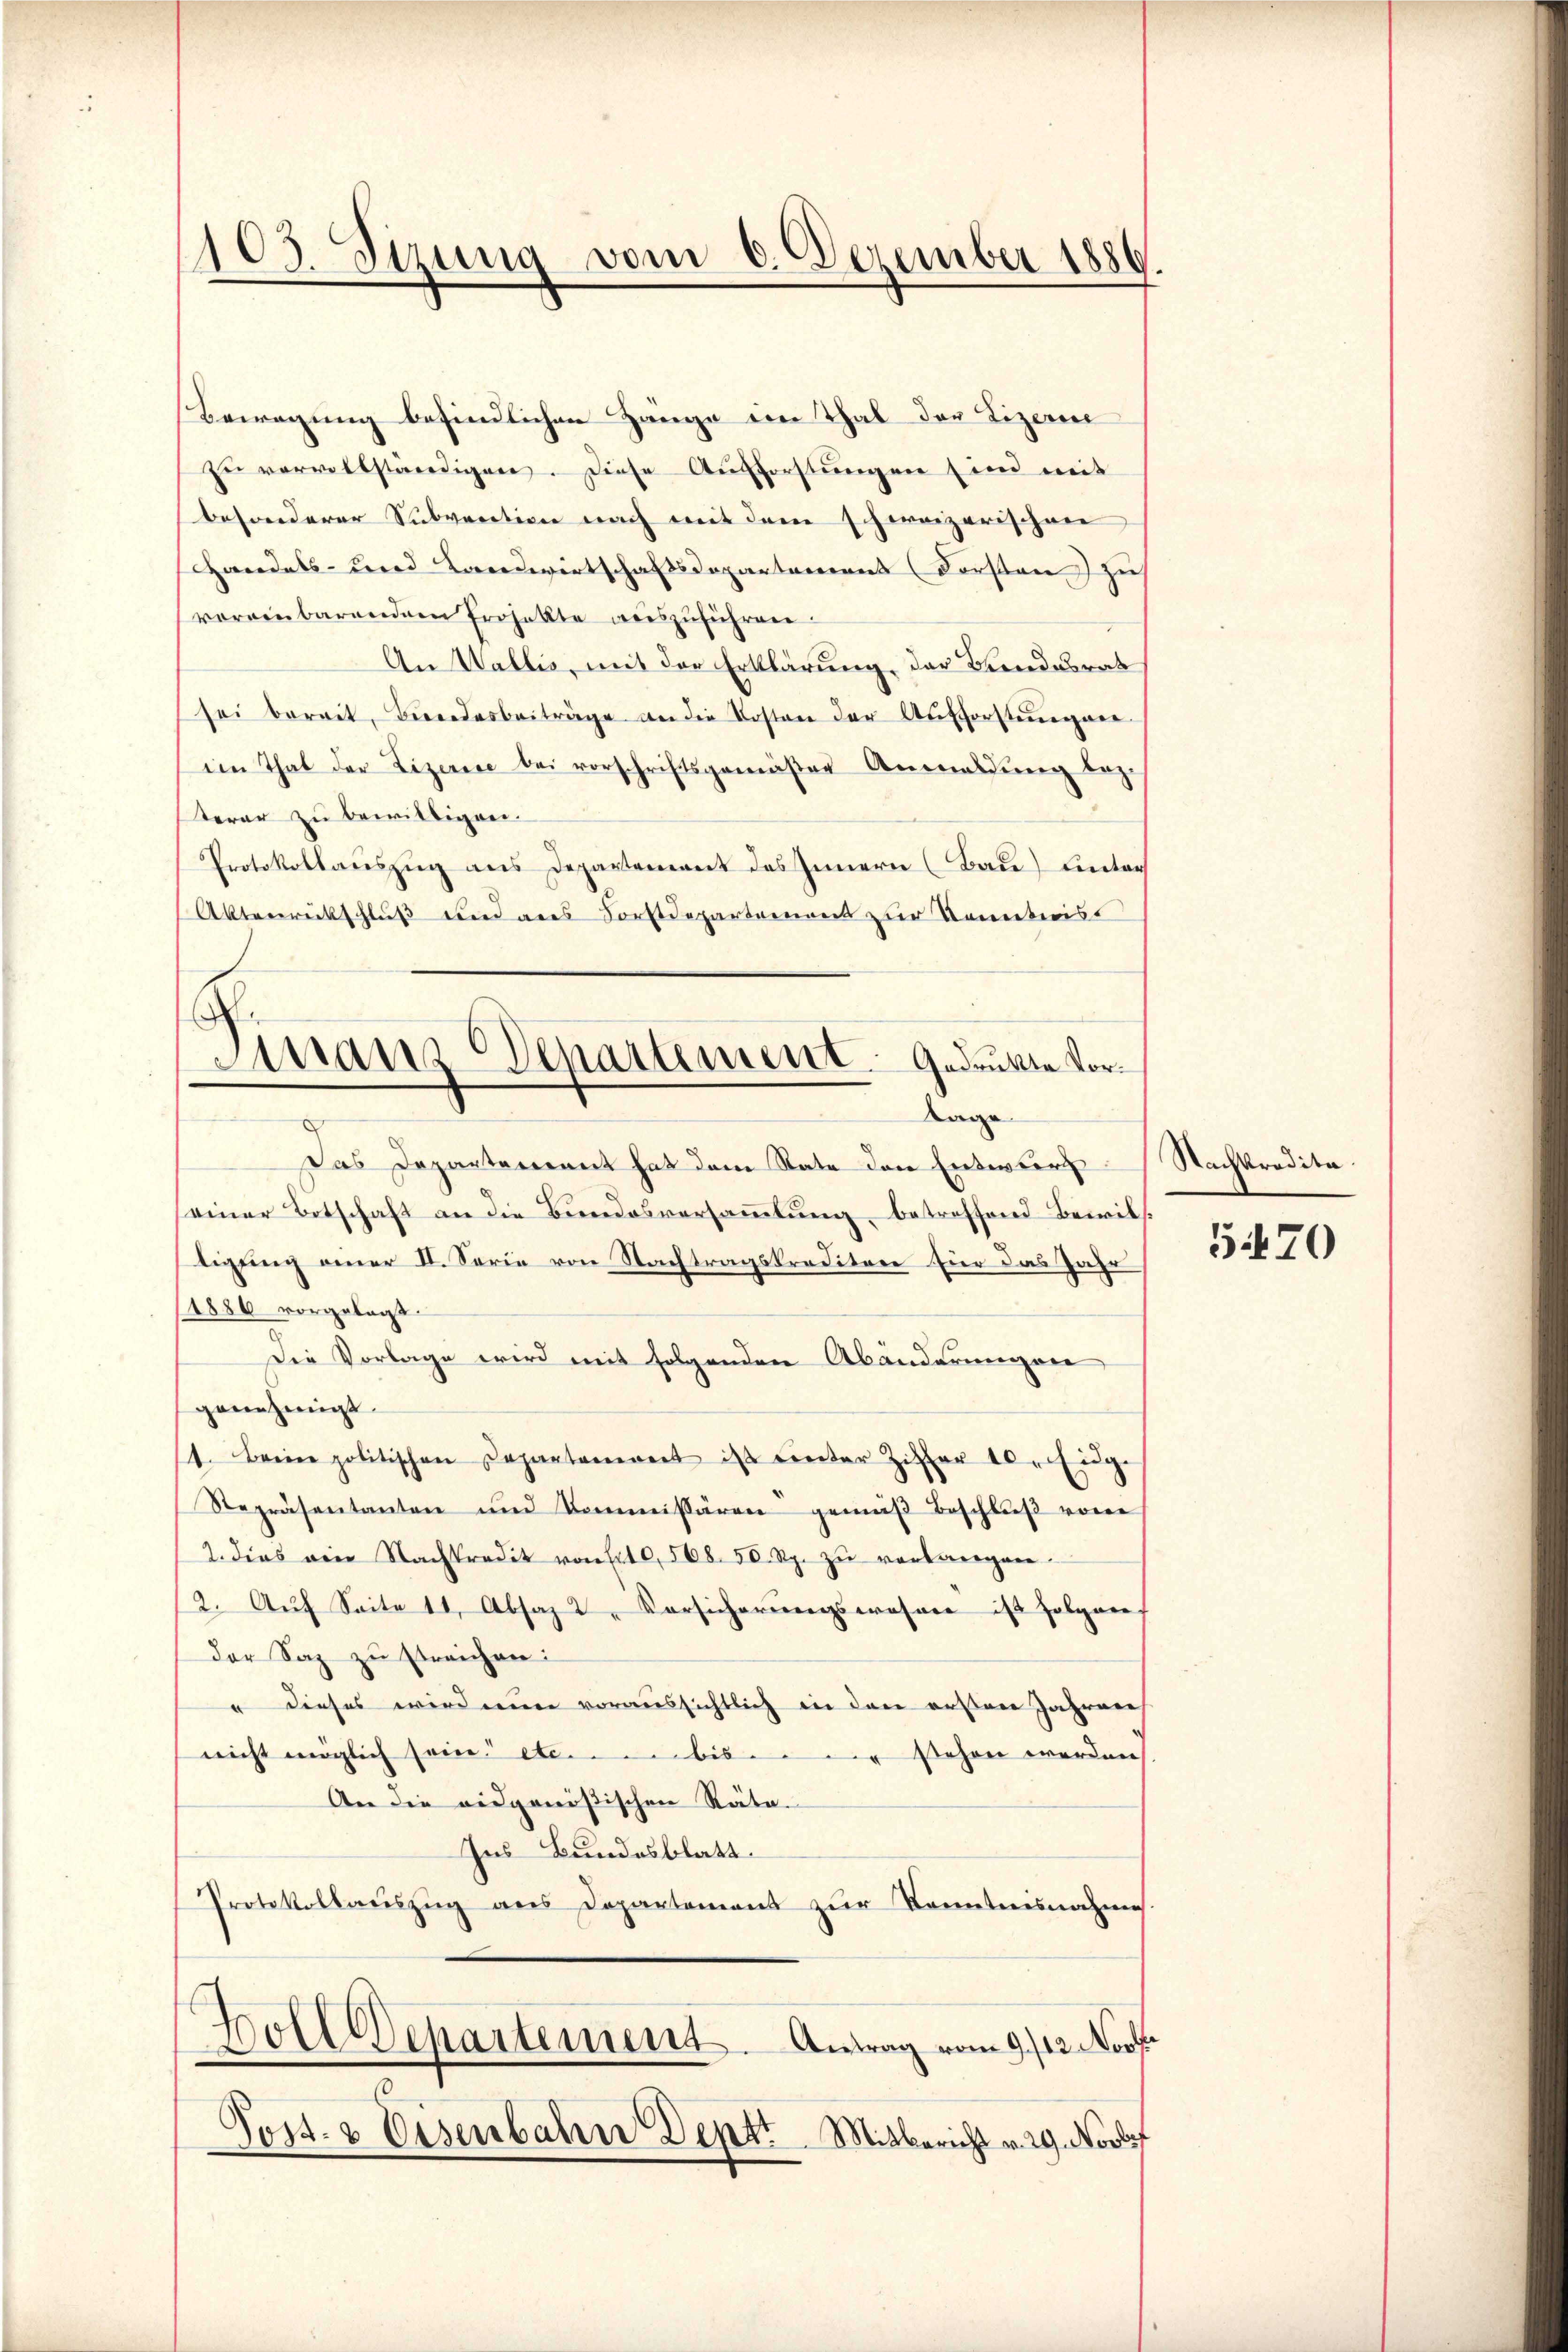
103. Sizung vom 6. Dezember 1886.

Bewegung befindlichen Zänge im Thal der Lizerine
En vervollständigen. Diese Aŭsforstŭngen sind mit
besonderer Subvention nach mit dem schweizerischen
handels- und Landwirtschaftsdepartement (Fürsten zu
vereinbarendem Projekte auszuführen.
An Wallis, mit der Erklärung, der Bundesrat
sei bereit, Bindesbeiträge an die Kosten der Aufforstungene
im That der Lizerise bei vorschriftsgemäβer Anmeldŭng bez.
terar zu bewilligen.
Protokollauszug aus Departement des Innern (Bau) hinter
Alterrückschluß wird als Forstdepartement zur Kenntnist
Das Departement hat dem Rate den Entwurf
einer Botschaft an die Bundesversammlung betreffend Bewiltigung einer II. Serie von Nachtragskreditore fier das Jahr
11886 vorgelegt.
Die Vorlage wird mit folgenden Abänderungen
genehmigt.
1. Beine politischen Departanerent ist unter Ziffer 10. Eige
Repräsentanten und Commissären gemäß Beschluß von
2. dies von Nachpredit von 10. 508. 50 Rp. zŭ verlangen.
2. Aŭf Seite 11, Absaz 2 Vorsicherŭngswohner ist folgen
der Saz zu streichen:
" dieses wird nun voraussichtlich in den ersten Jahren
nicht möglich sein. etc. bis stehen werden
An die eidgenößischen Räte.
Ins Bundesblatt.
Protokollaŭszŭg ans Departement zŭr Kenntnisnahmes.
Holldepartement. Antrag vom 9./12. Novb
.
Jost- & Eisenbahn Deptr. Mitbericht v. 29. Novbet

Finanz Departement. Gedruckte Vor¬
Tage

Nachkredita.

5470